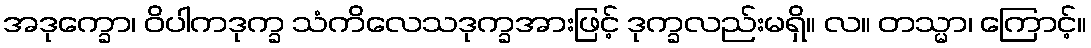
အဒုက္ခော၊ ဝိပါကဒုက္ခ သံကိလေသဒုက္ခအားဖြင့် ဒုက္ခလည်းမရှိ။ လ။ တသ္မာ၊ ကြောင့်။